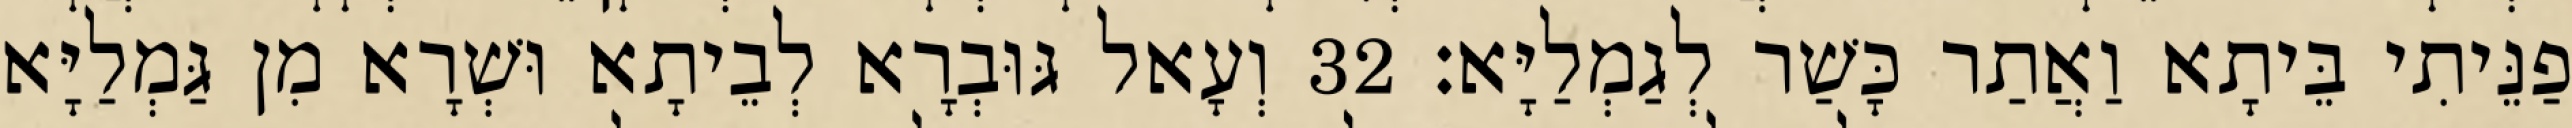
פַנֵּיתִי בֵּיתָא וַאֲתַר כָּשַׁר לְגַמְלַיָּא׃ 32 וְעָאל גּוּבְרָא לְבֵיתָא וּשְׁרָא מִן גַּמְלַיָּא